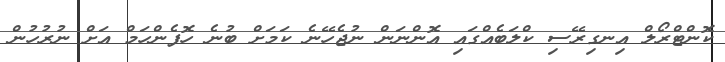
ކޮންޓްރޯލް އިނގިރޭސި ކްލަބެއްގައި އޮންނަން ނުޖެހޭނެ ކަމަށް ބުނެ ހޮފެންހަމް އަށް ނުރުހުން